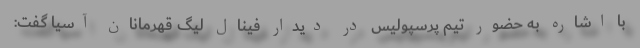
با اشاره به حضور تیم پرسپولیس در دیدار فینال لیگ قهرمانان آسیا گفت:‌